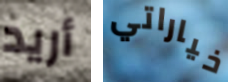
أريد خياراتي